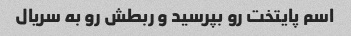
اسم پایتخت رو بپرسید و ربطش رو به سریال